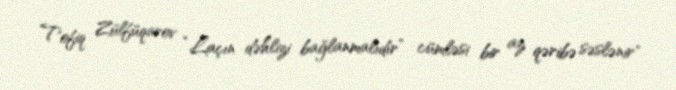
Tofiq Zülfüqarov “Laçın dəhlizi bağlanmalıdır” cümləsi bir az qəribə səslənir"